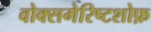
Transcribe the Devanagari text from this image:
वोक्सगेरिष्टशोफ़